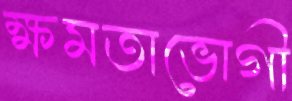
ক্ষমতাভোগী